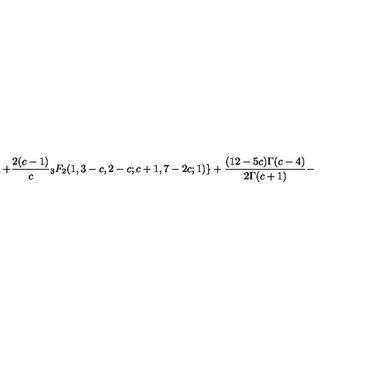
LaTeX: + \frac { 2 ( c - 1 ) } { c } { } _ { 3 } F _ { 2 } ( 1 , 3 - c , 2 - c ; c + 1 , 7 - 2 c ; 1 ) \} + \frac { ( 1 2 - 5 c ) \Gamma ( c - 4 ) } { 2 \Gamma ( c + 1 ) } -